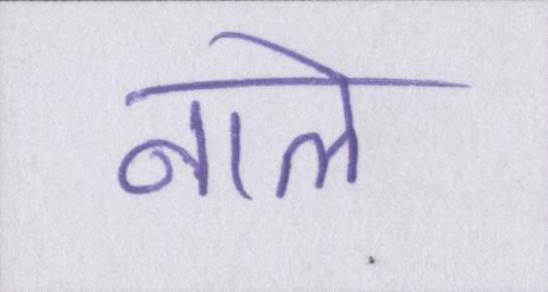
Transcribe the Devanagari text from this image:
नाले